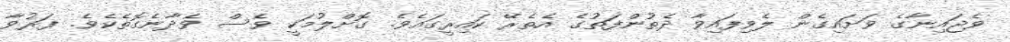
ވެޖައިނާގެ ވަށައިގެން ލެވިފައިވާ ދެތުންފަތުގެ އެތެރޭ ކައިރީގައެވެ. ގޮށްލުމަކީ ވެސް ވެދާނެގޮތެކެވެ. ފަރުވާ